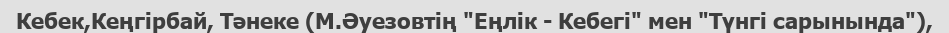
Кебек,Кеңгірбай, Тәнеке (М.Әуезовтің "Еңлік - Кебегі" мен "Түнгі сарынында"),